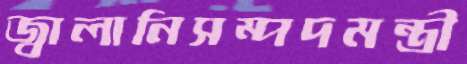
জ্বালানিসম্পদমন্ত্রী